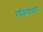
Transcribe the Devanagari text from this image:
रवींद्रनाथांवर